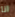
انا